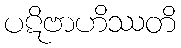
ပဋိဗာဟိဿတိ